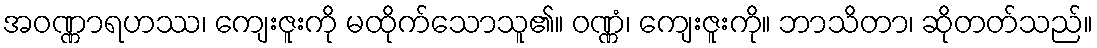
အဝဏ္ဏာရဟဿ၊ ကျေးဇူးကို မထိုက်သောသူ၏။ ဝဏ္ဏံ၊ ကျေးဇူးကို။ ဘာသိတာ၊ ဆိုတတ်သည်။